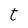
Character: t